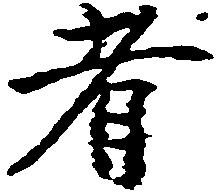
者